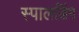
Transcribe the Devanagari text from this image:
स्पालडिंग